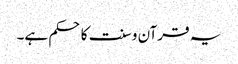
یہ قرآن و سنت کا حکم ہے۔